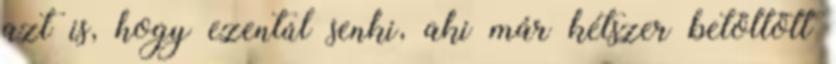
azt is, hogy ezentúl senki, aki már kétszer betöltött